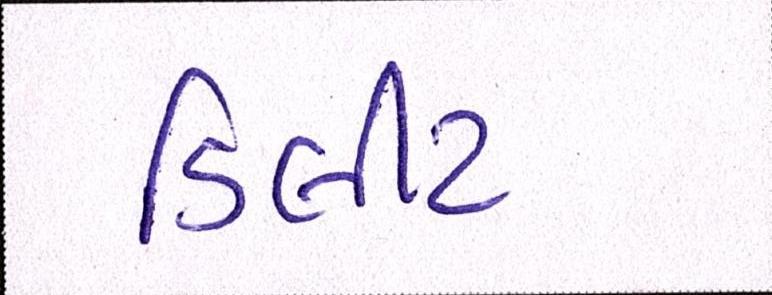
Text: ડિલીટ